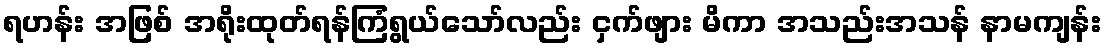
ရဟန်း အဖြစ် အရိုးထုတ်ရန်ကြံရွယ်သော်လည်း ငှက်ဖျား မိကာ အသည်းအသန် နာမကျန်း